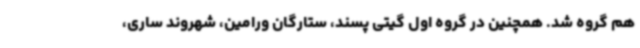
هم گروه شد. همچنین در گروه اول گیتی پسند، ستارگان ورامین، شهروند ساری،